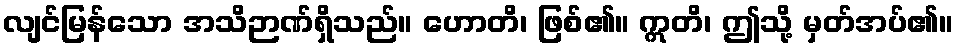
လျင်မြန်သော အသိဉာဏ်ရှိသည်။ ဟောတိ၊ ဖြစ်၏။ ဣတိ၊ ဤသို့ မှတ်အပ်၏။